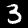
Digit: 3